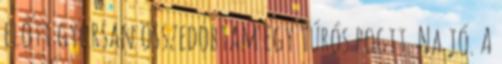
előtt gyorsan összedobtam egy túrós pogit. Na jó. A